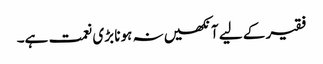
فقیر کے لیے آنکھیں نہ ہونا بڑی نعمت ہے۔